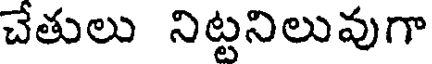
చేతులు నిట్టనిలువుగా